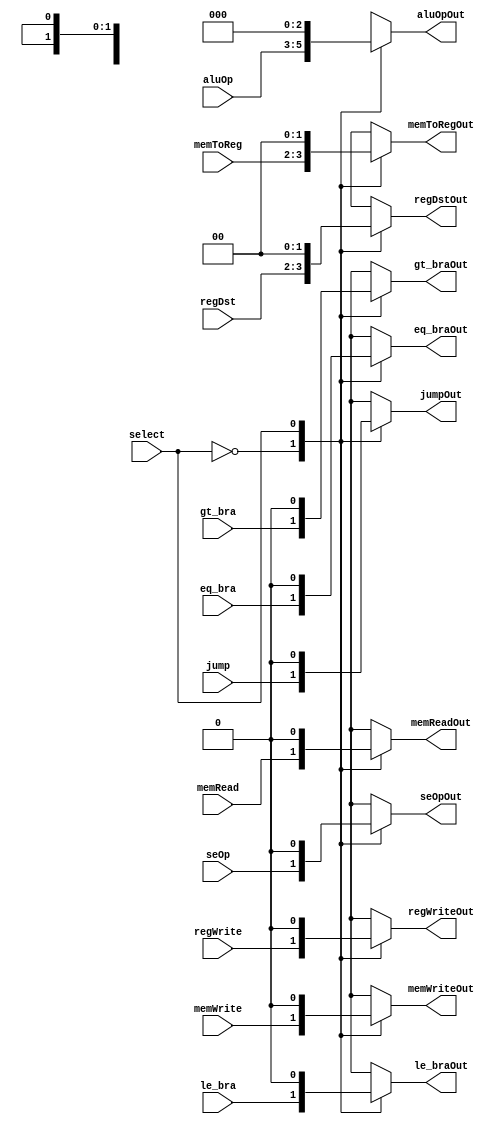
module ControlFlushMux(select,regDst,gt_bra,le_bra,eq_bra,memRead,memToReg,aluOp,memWrite,regWrite,
							  jump,seOp,regDstOut,gt_braOut,le_braOut,eq_braOut,memReadOut,
							  memToRegOut,aluOpOut,memWriteOut,regWriteOut,jumpOut,seOpOut);
//Input
input select;
input [1:0] regDst;
input gt_bra,le_bra,eq_bra;
input memRead;
input [1:0] memToReg;
input [2:0] aluOp;
input memWrite;
input regWrite;
input jump;
input seOp;						  
							  
//Outputs
output reg [1:0] regDstOut;
output reg gt_braOut,le_braOut,eq_braOut;
output reg memReadOut;
output reg [1:0] memToRegOut;
output reg [2:0] aluOpOut;
output reg memWriteOut;
output reg regWriteOut;
output reg jumpOut;
output reg seOpOut;

always @(*)
begin
	case(select)
		'd0:	
		begin
			regDstOut = regDst;
			gt_braOut = gt_bra;
			le_braOut = le_bra;
			eq_braOut = eq_bra;
			memReadOut = memRead;
			memToRegOut = memToReg;
			aluOpOut = aluOp;
			memWriteOut = memWrite;
			regWriteOut = regWrite;
			jumpOut = jump;
			seOpOut = seOp;
		end
		
		'd1:
		begin
			regDstOut = 'd0;
			gt_braOut = 'd0;
			le_braOut = 'd0;
			eq_braOut = 'd0;
			memReadOut = 'd0;
			memToRegOut = 'd0;
			aluOpOut = 'd0;
			memWriteOut = 'd0;
			regWriteOut = 'd0;
			jumpOut = 'd0;
			seOpOut = 'd0;
		end
	endcase	
end //always
endmodule